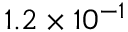
1 . 2 \times 1 0 ^ { - 1 }